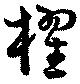
櫂